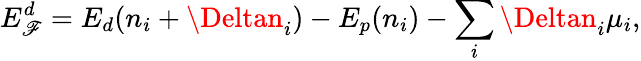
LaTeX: E_{\mathscr{F}}^{d}=E_{d}(n_{i}+\Deltan_{i})-E_{p}(n_{i})-\sum_{i}\Deltan_{i}\mu_{i},